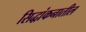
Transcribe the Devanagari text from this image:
सिद्धांकनातील